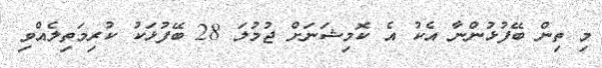
މި ތިން ބޭފުޅުންނާ އެކު އެ ކޮމިޝަނަށް ޖުމުލަ 28 ބޭފުޅަކު ކުރިމަތިލެއްވި